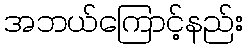
အဘယ်ကြောင့်နည်း